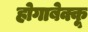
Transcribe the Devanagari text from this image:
होगाबेक्कू